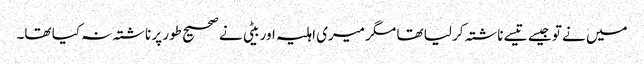
میں نے تو جیسے تیسے ناشتہ کر لیا تھا مگر میری اہلیہ اور بیٹی نے صحیح طور پر ناشتہ نہ کیا تھا۔